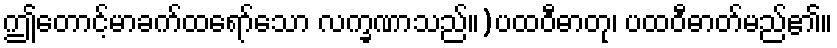
ဤတောင့်မာခက်ထရော်သော လက္ခဏာသည်။)ပထဝီဓာတု၊ ပထဝီဓာတ်မည်၏။